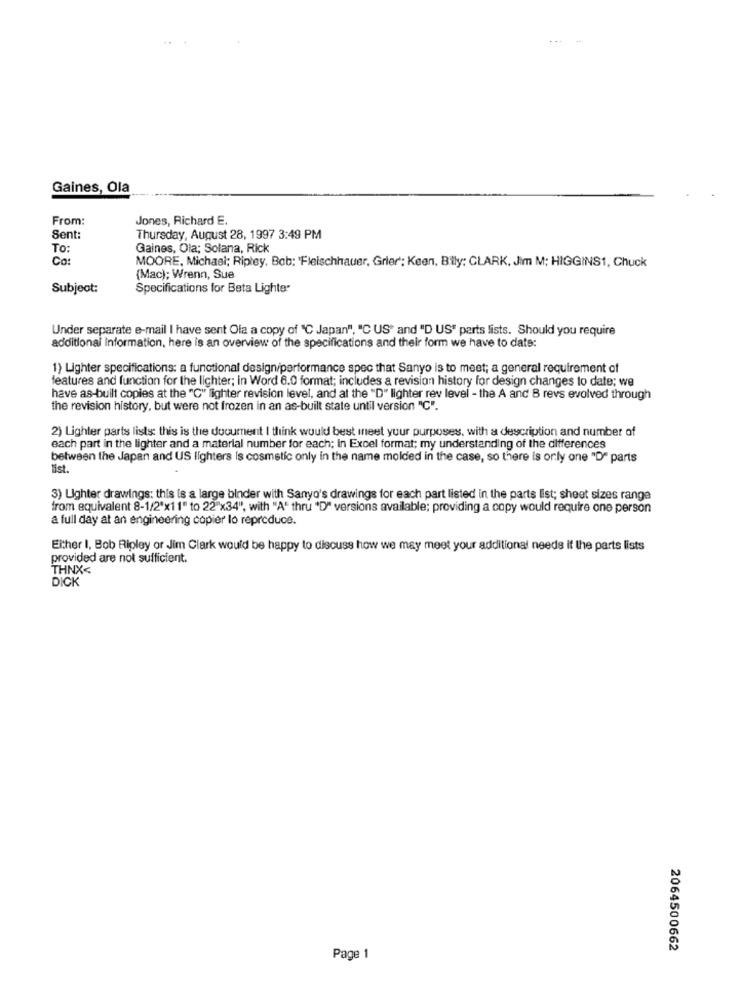
Gaines, Ola
From:
Jones, Richard E.
Sent:
Thursday, August 28, 1997 3:49 PM
To:
Gaines, Ola; Solana, Rick
Co
MOORE, Michael; Ripley, Bob: 'Fleischhauer, Grier: Keen, Bily: CLARK. Jim M; HIGGINS1, Chuck
(Mac); Wrenn, Sue
Subject:
Specifications for Beta Lighter
Under separate e-mail I have sent Ola a copy of "C Japan", "C US" and "D US" parts lists. Should you require
additional Information, here is an overview of the specifications and their form we have to date:
1) Lighter specifications: a functional design/performance spec that Sanyo is to meet; a general requirement of
features and function for the lichter; in Word 6.0 format; includes a revision history for design changes to date; we
have as-built copies at the "C" fighter revision level, and at the "D" lighter rev level - the A and B revs evolved through
the revision history, but were not frozen in an as-built state until version "C".
2) Lighter parts list: this is the document I think would best meet your purposes, with a description and number of
each part in the lighter and a material number for each; In Excel format; my understanding of the differences
between the Japan and US lighters Is cosmetic only in the name molded in the case, so there is only one "D" parts
Sist.
3) Lighter drawings: this is a large binder with Sanyo's drawings for each part listed in the parts list; sheet sizes range
from equivalent 8-1/2"x11" to 22"x34", with "A" thru "D" versions available; providing a copy would require one person
a full day at an engineering copier lo reproduce.
Either I, Bob Ripley or Jim Clark would be happy to discuss how we may meet your additional needs if the parts lists
provided are not sufficient.
THNX<
DICK
2064500662
Page 1